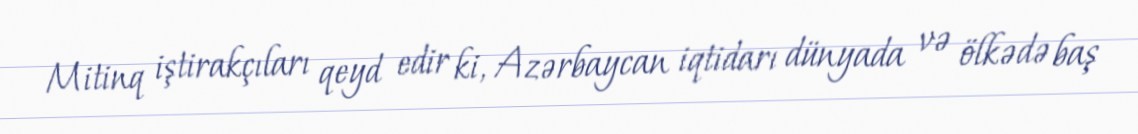
Mitinq iştirakçıları qeyd edir ki, Azərbaycan iqtidarı dünyada və ölkədə baş